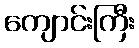
ကျောင်းကြီး